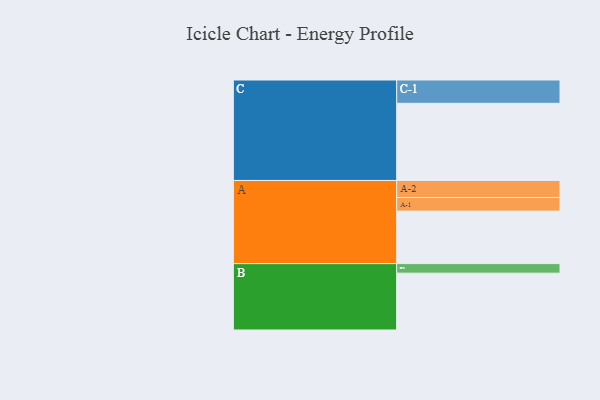
{"axis": {"x": "Segment", "y": "Value"}, "legend": ["", "A", "B", "C"], "data": [{"x": "A", "y": 385, "type": ""}, {"x": "B", "y": 417, "type": ""}, {"x": "C", "y": 566, "type": ""}, {"x": "A-1", "y": 100, "type": "A"}, {"x": "A-2", "y": 125, "type": "A"}, {"x": "B-1", "y": 70, "type": "B"}, {"x": "C-1", "y": 171, "type": "C"}]}